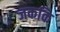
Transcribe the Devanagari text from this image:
जककि